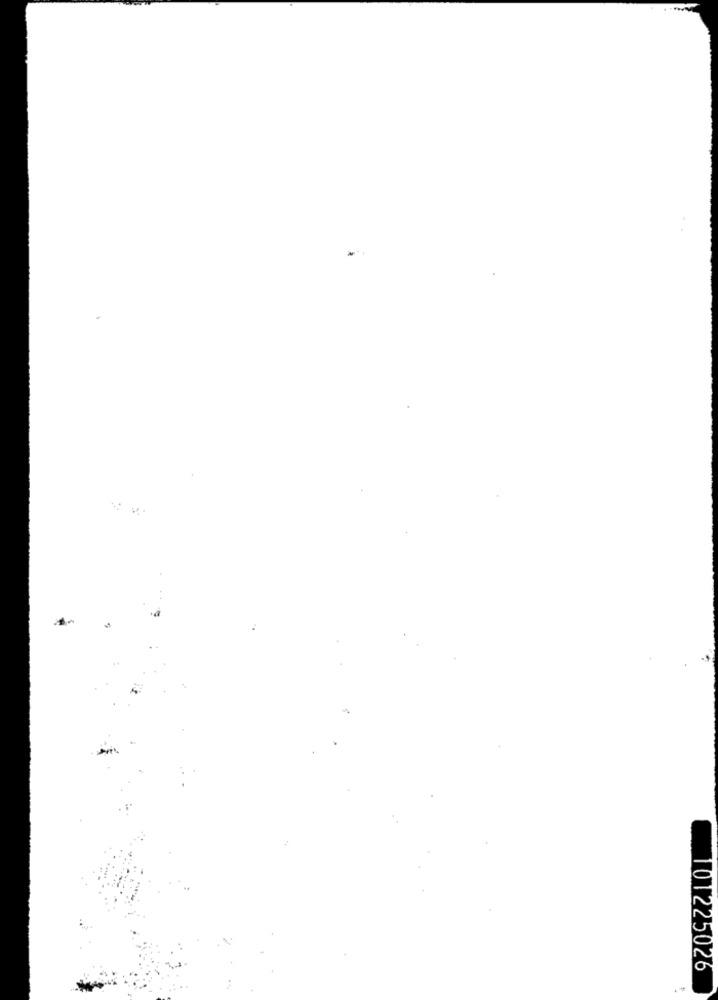
101225026